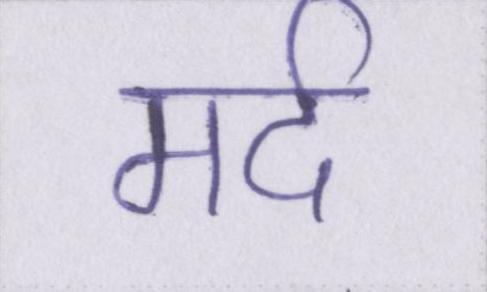
मर्द